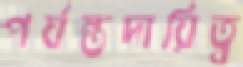
পর্যন্তদায়িত্ব